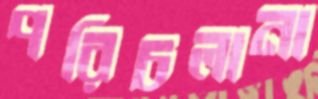
পরিচলানা